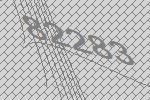
82283